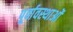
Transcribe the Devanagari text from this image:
पूर्वावस्थाओं